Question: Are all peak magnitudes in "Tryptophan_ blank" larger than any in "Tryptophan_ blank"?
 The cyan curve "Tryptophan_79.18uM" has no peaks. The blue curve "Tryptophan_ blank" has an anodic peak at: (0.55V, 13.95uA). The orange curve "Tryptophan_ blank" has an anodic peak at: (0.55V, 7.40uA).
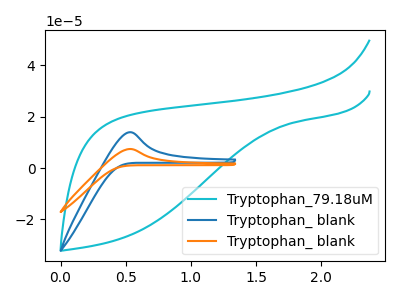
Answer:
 <answer>Every peak in "Tryptophan_ blank" is higher than every peak in "Tryptophan_ blank".</answer>
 <eval>higher</eval>